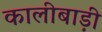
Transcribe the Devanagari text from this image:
कालीबाड़ी